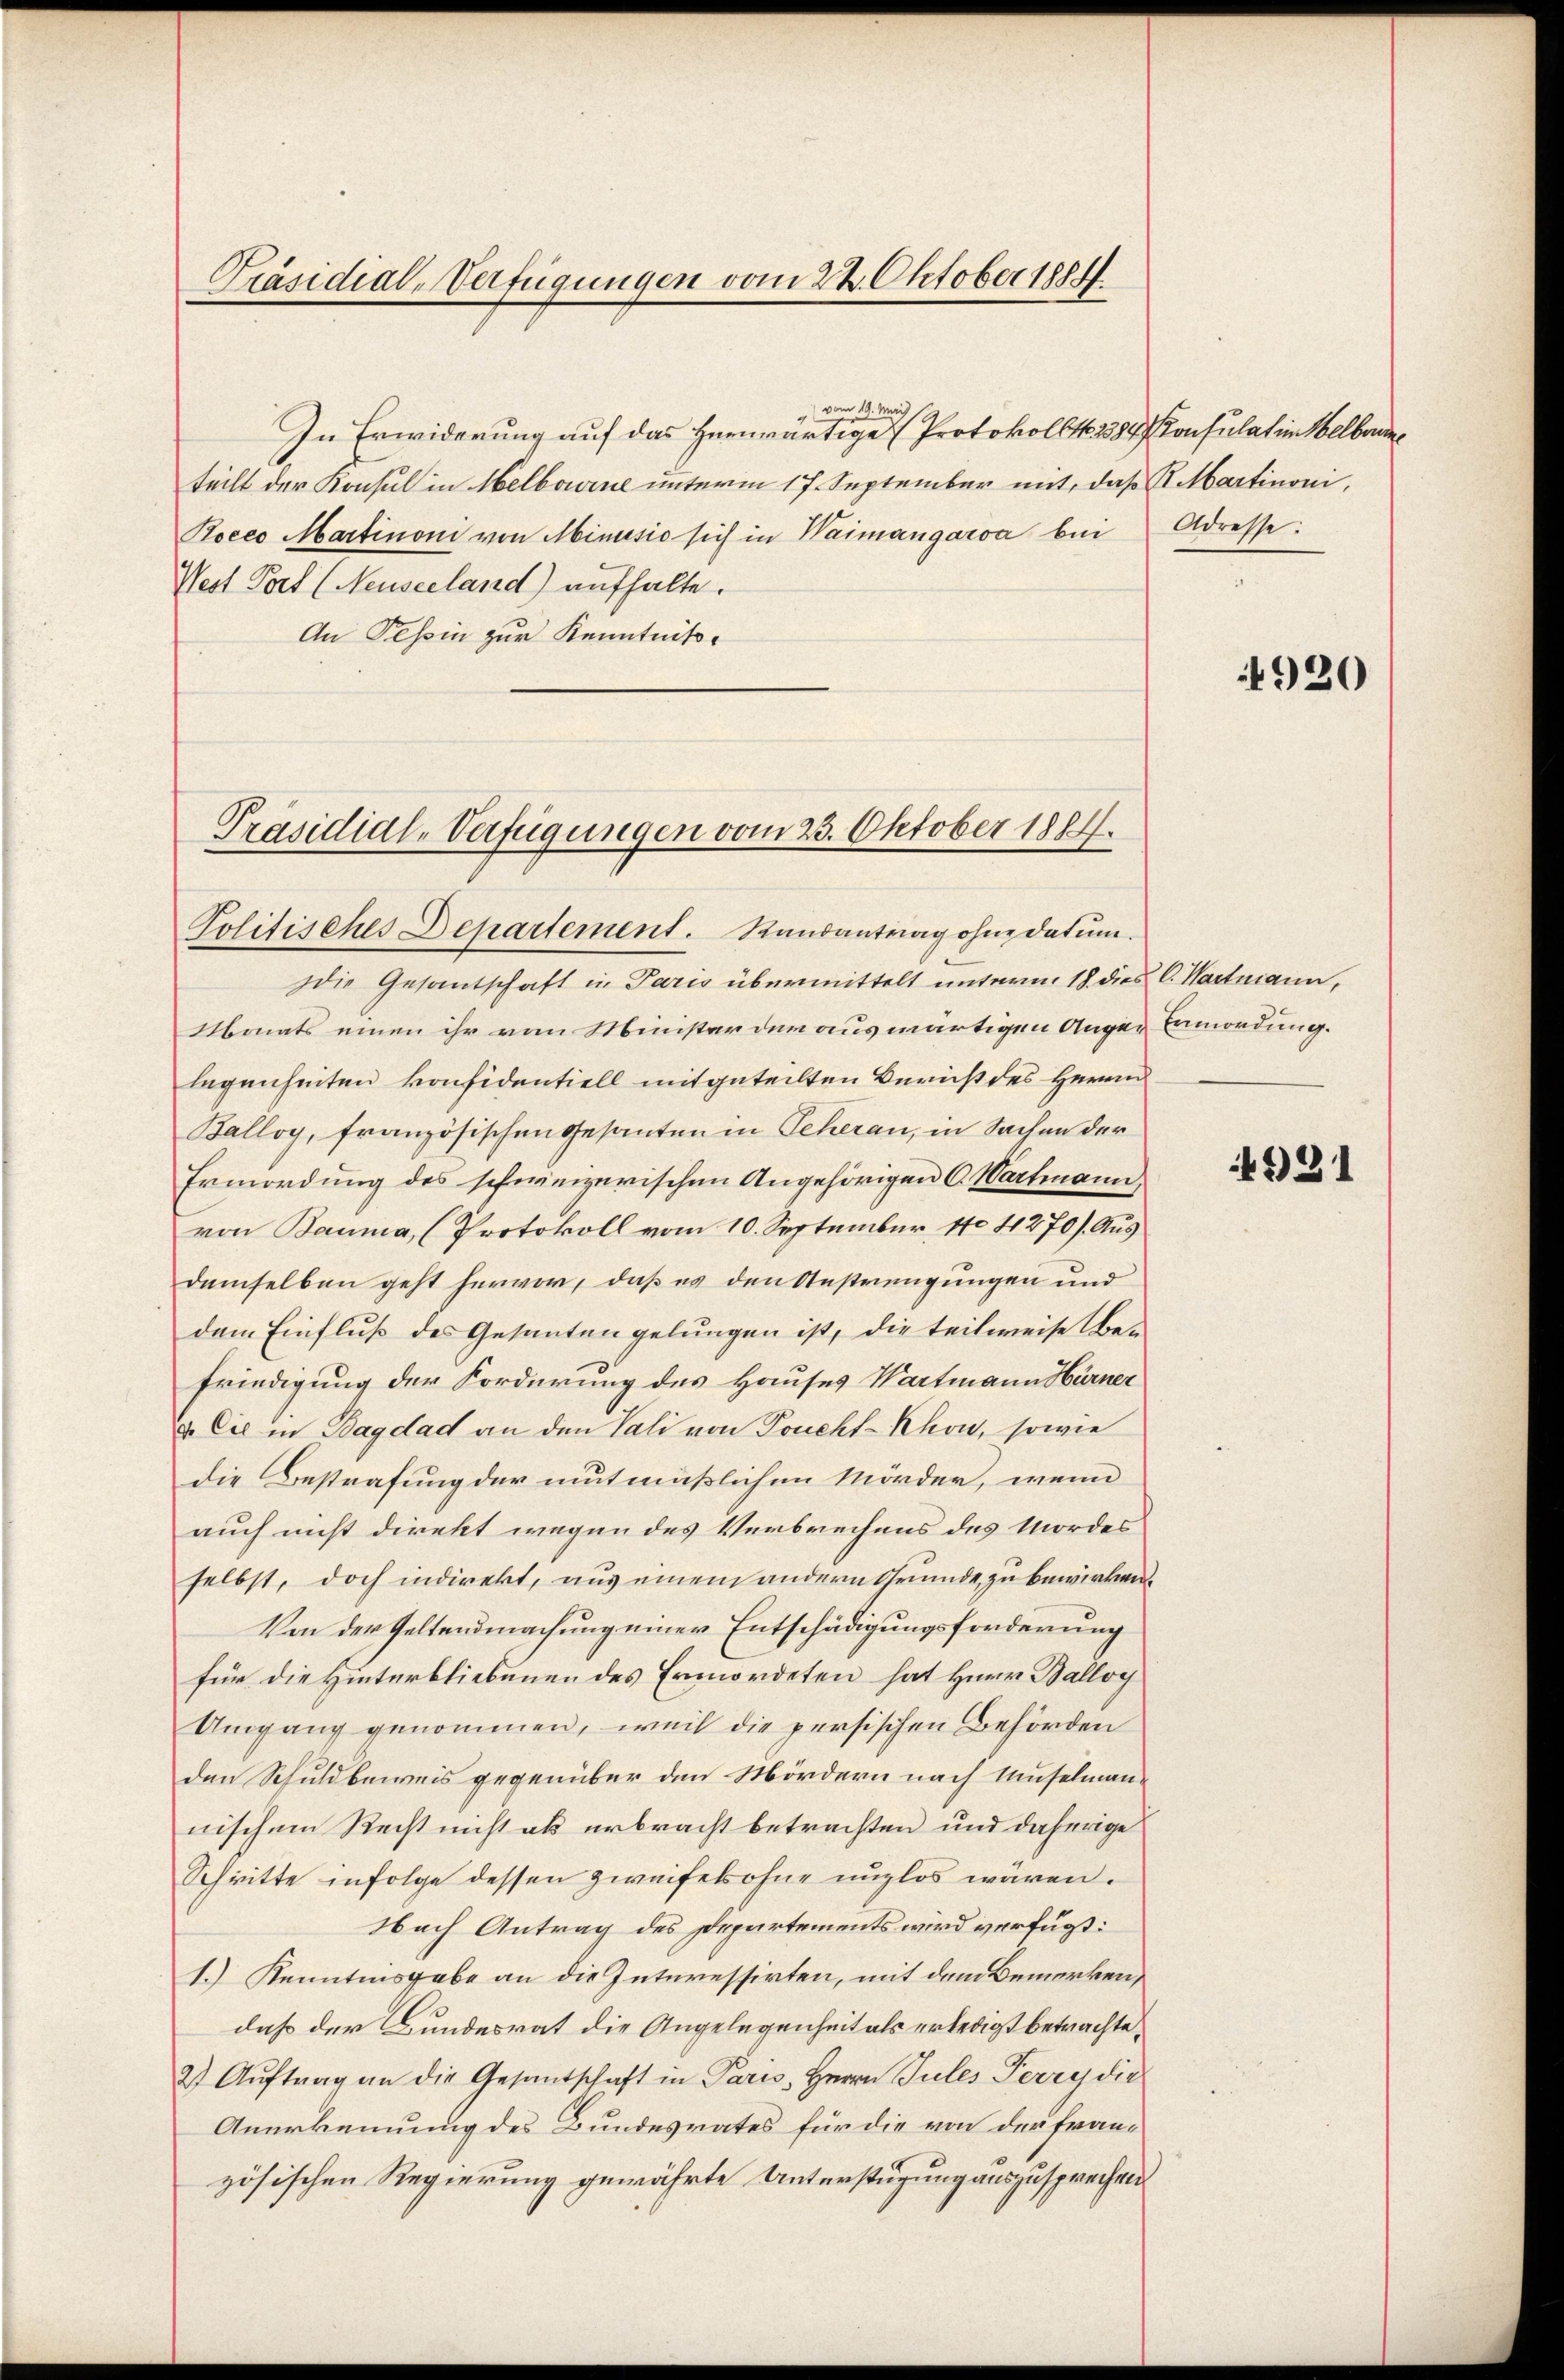
Präsidial-Verfügungen vom 22. Oktober 1884

vom 19. Mai,
In Erwiderung auf das herwärtige Protokollte. 1384, Consulat in Welbrunteilt der Konsul in Melborne unterm 17. September mit, daß K. Martinoni,
Rocco Martinon von Minusić sich in Waimangarva bei Adresse:
West Torf (Neuseeland) aufhalte.
An Tessin zur Kenntniß¬

Präsidial-Verfügungen vom 23. Oktober 1884.
Politisches Departement. Randantrag ohne datum.

die Gesantschaft in Paris übermittelt unterm 18. dies C. Wartmann,
Monats einen ihr von Minister der auswärtigen Augen Ermordung.
legenheiten konfidentiell mitgeteilten Bericht des Herrn
Balloy, französischen Gesanten in Scheran, in Sachen der
Ermordung des schweizerischen Angehörigen C. Wartmann,
von Bauma, (Protokoll vom 10. September, 170 4270/. Ausdemselben geht hervor, daß es den Anstrengungen und
dem Einfluß des Gesanten gelungen ist, die teilweise Befriedigung der Forderung des Hauses Wartmann Hörner
. Cie in Bagdad an den Tali von Toncht-Khon, sowie
die Bestrafung der mutmäßlichen Mörder, wenn
auch nicht direkt wegen des Verbrechens des Mordes
selbst, doch indirekt, aus einem andern Grunde zu bewirken.
Von der Geltendmachung einer Entschädigungsforderung
für die Hinterbliebenen des Ermordeten hat Herr Ballog
Umgang genommen, weil die persischen Behörden
den Schuldbeweis gegenüber den Mördern nach Muselmann-
nischem Recht nicht als erbracht betrachten und daherige
Schritte infolge dessen zweifelsohne unglos wären.
Nach Antrag des Departements wird verfügt:
1.) Kenntnisgabe an die Interessirten, mit dem Bemerken,
daß der Bundesrat die Angelegenheit als erledigt betrachte,
2) Aŭftrag an die Gesandschaft in Paris, Herrn Jules Perry die
Anerkennung des Bundesrates für die von der französischen Regierung gewährte Unterstüzung auszusprechen

4920

531